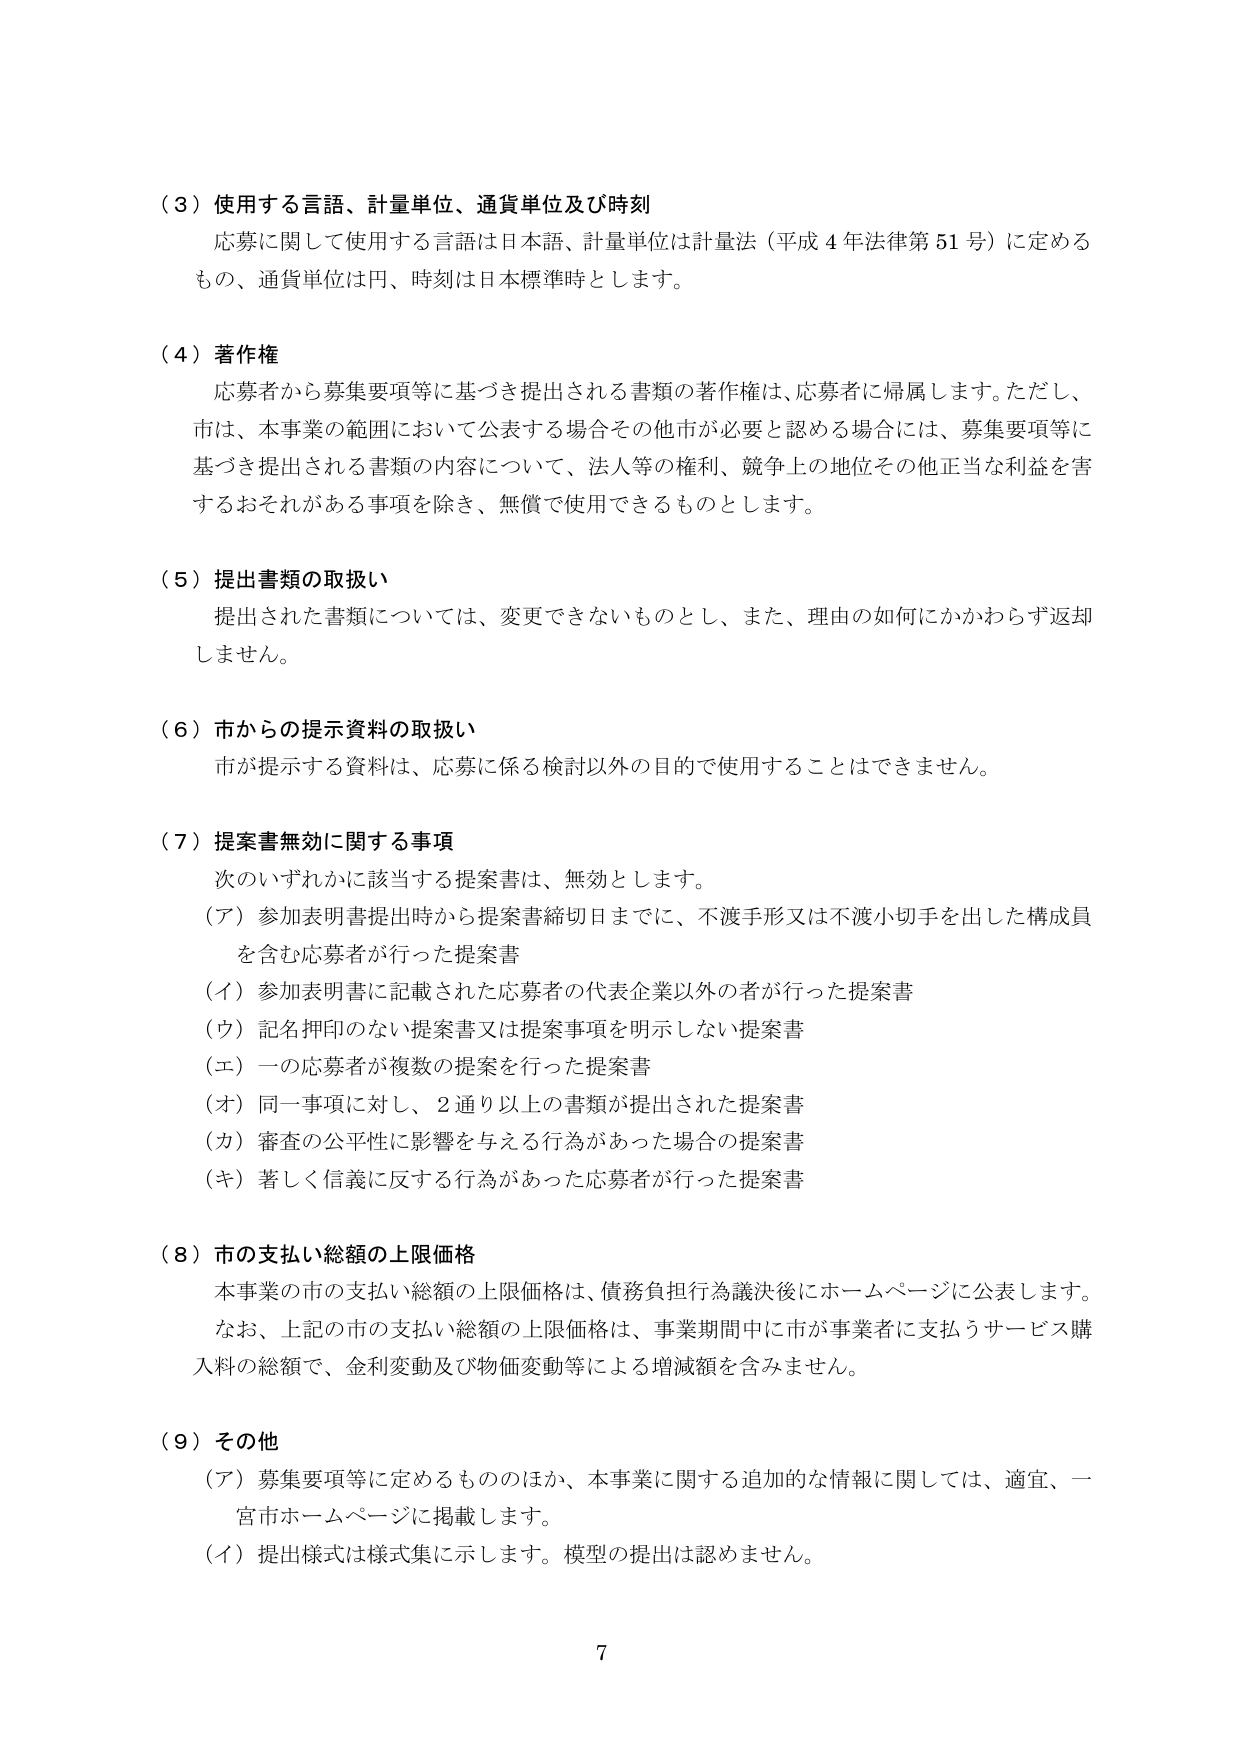
（３）使用する言語、計量単位、通貨単位及び時刻
応募に関して使用する言語は日本語、計量単位は計量法（平成４年法律第51号）に定めるもの、通貨単位は円、時刻は日本標準時とします。

（４）著作権
応募者から募集要項等に基づき提出される書類の著作権は、応募者に帰属します。ただし、市は、本事業の範囲において公表する場合その他市が必要と認める場合には、募集要項等に基づき提出される書類の内容について、法人等の権利、競争上の地位その他正当な利益を害するおそれがある事項を除き、無償で使用できるものとします。

（５）提出書類の取扱い
提出された書類については、変更できないものとし、また、理由の如何にかかわらず返却しません。

（６）市からの提示資料の取扱い
市が提示する資料は、応募に係る検討以外の目的で使用することはできません。

（７）提案書無効に関する事項
次のいずれかに該当する提案書は、無効とします。
（ア）参加表明書提出時から提案書締切日までに、不渡手形又は不渡小切手を出した構成員を含む応募者が行った提案書
（イ）参加表明書に記載された応募者の代表企業以外の者が行った提案書
（ウ）記名押印のない提案書又は提案事項を明示しない提案書
（エ）一の応募者が複数の提案を行った提案書
（オ）同一事項に対し、２通り以上の書類が提出された提案書
（カ）審査の公平性に影響を与える行為があった場合の提案書
（キ）著しく信義に反する行為があった応募者が行った提案書

（８）市の支払い総額の上限価格
本事業の市の支払い総額の上限価格は、債務負担行為議決後にホームページに公表します。
なお、上記の市の支払い総額の上限価格は、事業期間中に市が事業者に支払うサービス購入料の総額で、金利変動及び物価変動等による増減額を含みません。

（９）その他
（ア）募集要項等に定めるもののほか、本事業に関する追加的な情報に関しては、適宜、一宮市ホームページに掲載します。
（イ）提出様式は様式集に示します。模型の提出は認めません。

7